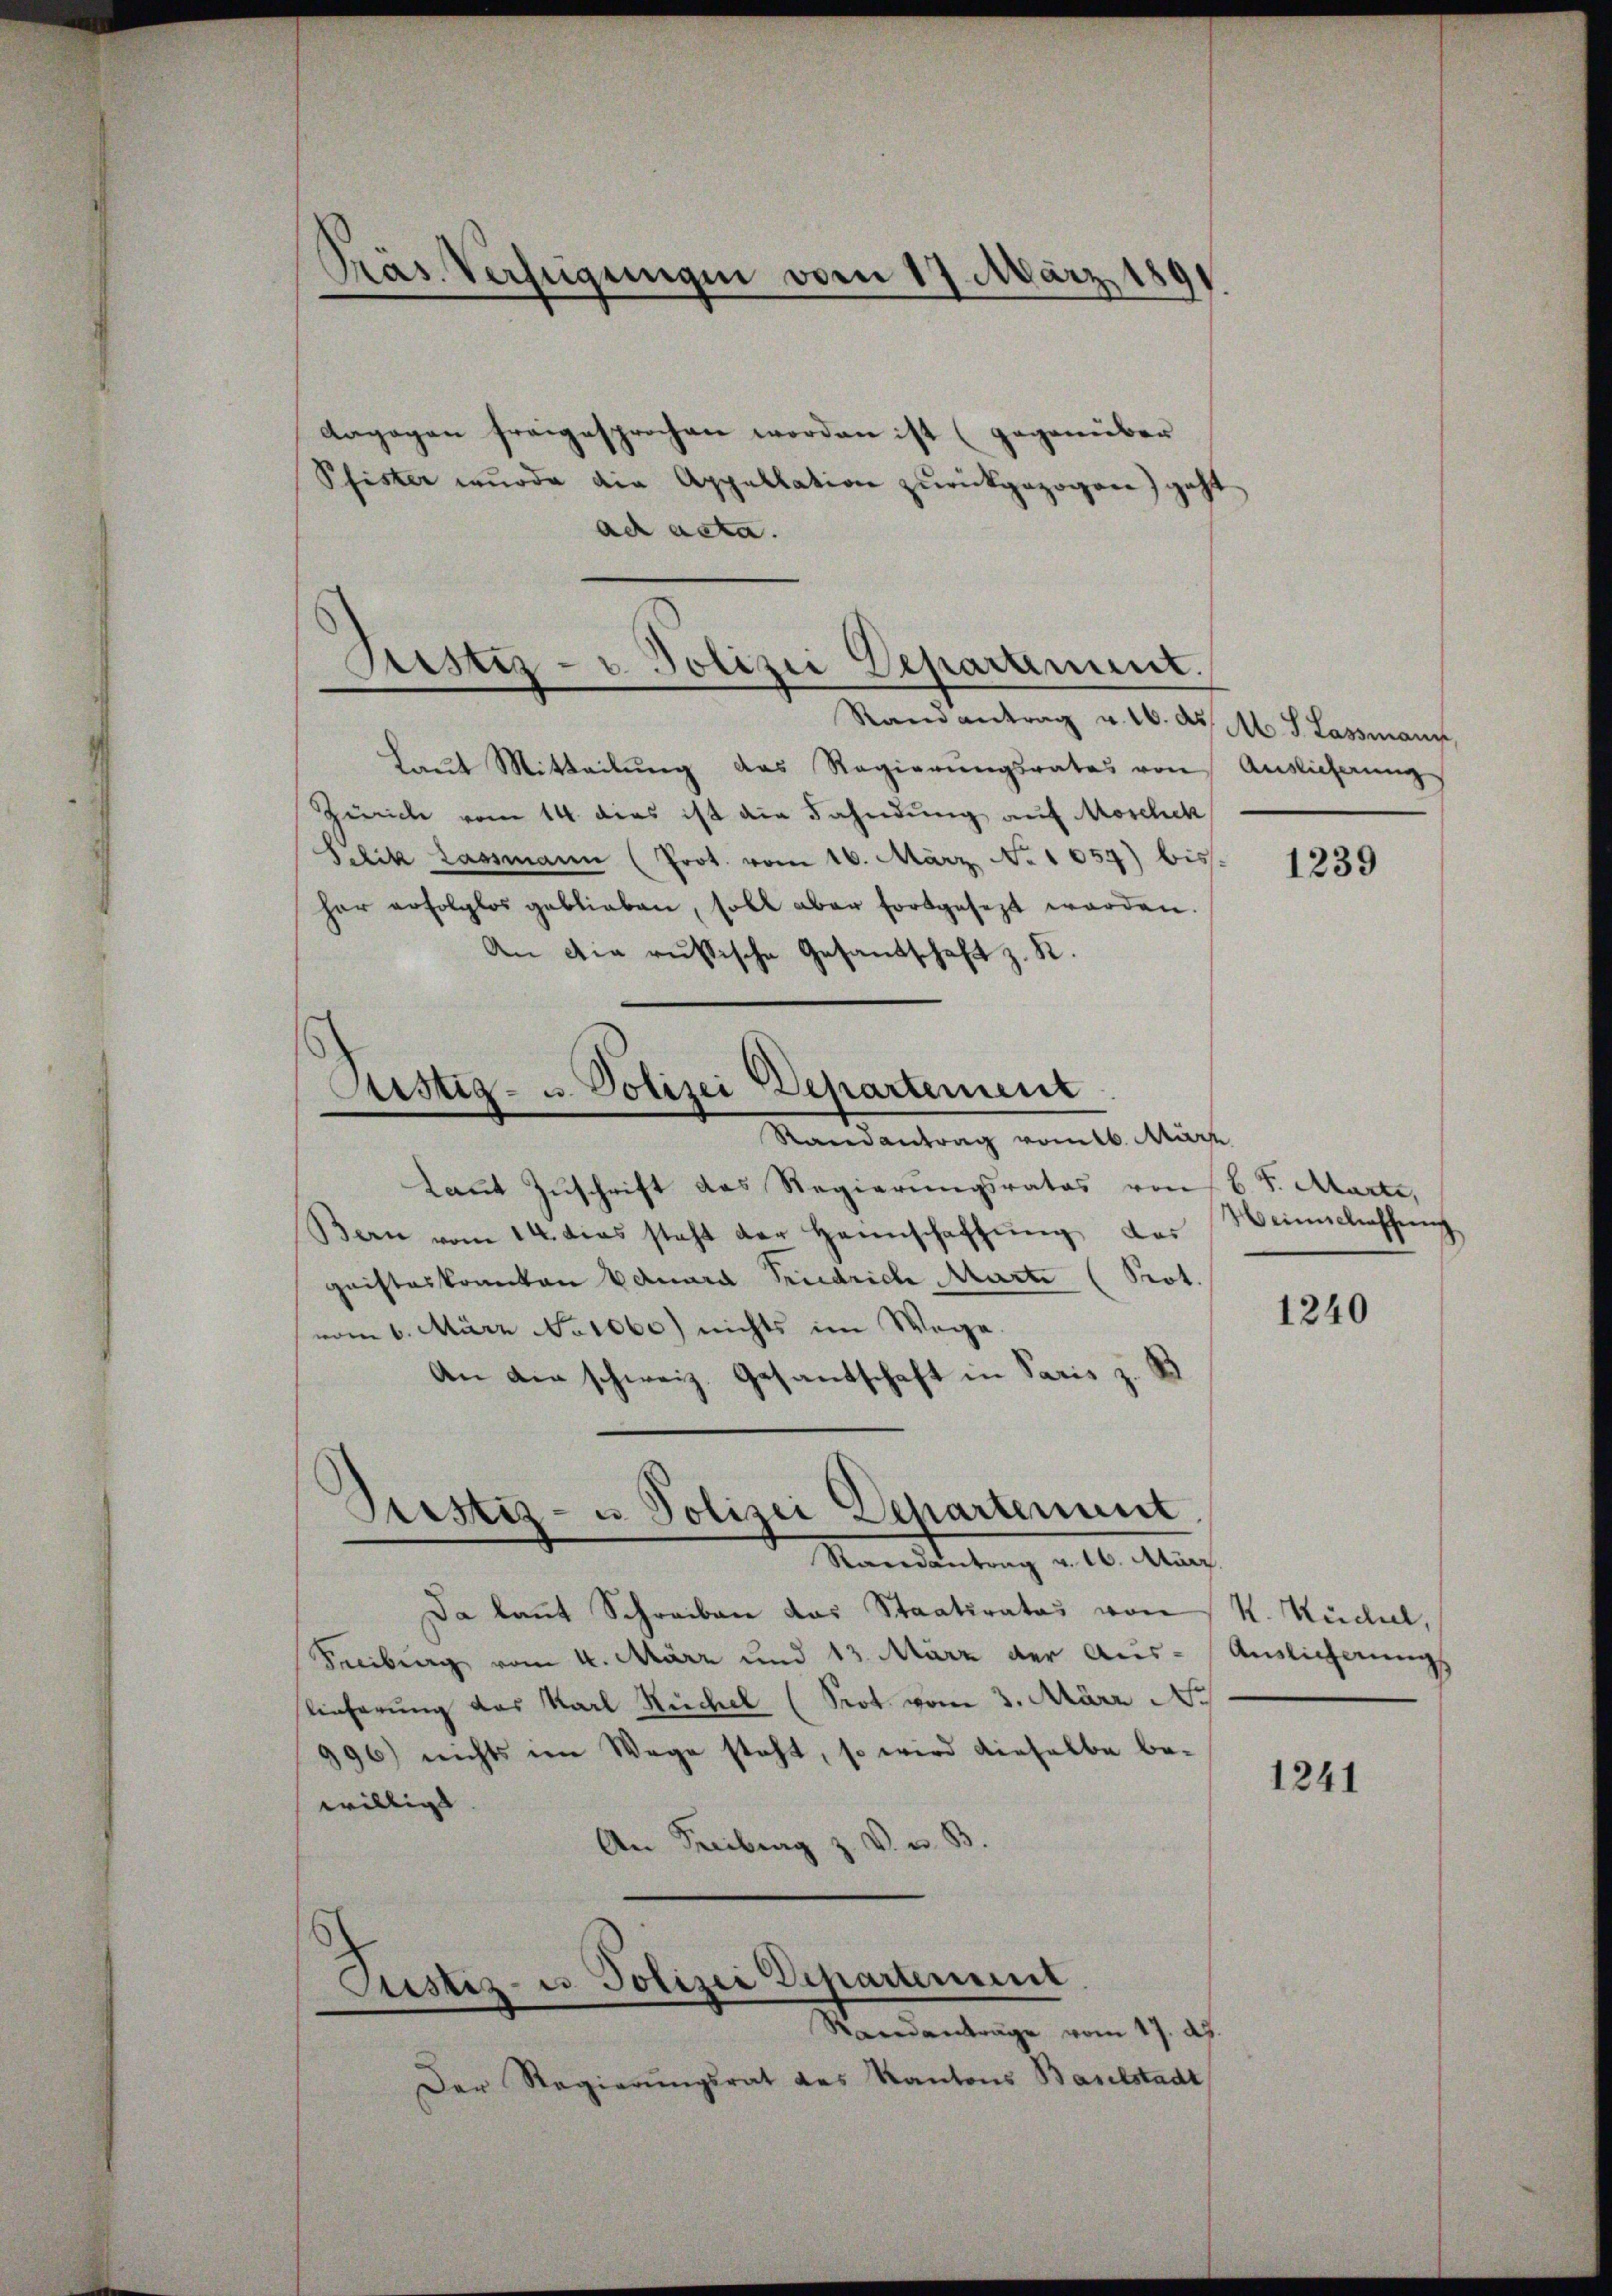
Präs. Verfügungen vom 17. März 1891.

dagegen freigesprochen worden ist (gegenüber
Pfister wurde die Appellation zurückgezogen) geht
act acta.
Randantrag v. 10. ds. Ab. J. Lassmann,
haut Mitteilung das Regierungsrates von Auslieferung
Zürich vom 14. dies ist die Fahndung auf Moschek
Leik Lassmann (Prot. vom 16. März. No 1057) bisher erfolglos geblieben, soll aber fortgesezt werden.
An die russische Gesandschaft z. R.
Randantrag vom 16. März
laut Zuschrift das Regierungsrates von 6 S. Marte,
Bern vom 14. dies steht der Hannschaffung des
gristeskranken Eduard Friedrich Marte (Prot.
vom 6. März No. 1060) nichts im Wege.
An die schweiz. Gesandschaft in Paris z. B
Pustiz- u. Polizei Departement
Nanetetung d. 10. Aus
Da kannt Schreiben das Staatsrates von K. Küchel,
Freiburg vom 4. März und 13. März der Aus- Auslicherungs
lieferung das Karl Ruchel (Prot. vom 3. März d.
996) nichts im Wege steht, so wird dieselbe be-
willigt |
An Freiburg z. V. u. B.
Justiz- u Polizei Departement
Standanträge vom 17. ds.
Der Regierŭngsrat des Kantons Baselstadt,

Justiz- u. Polizei Departement.

Justiz- u. Polizei Departement

1239

Beinschaffung

1240

1241